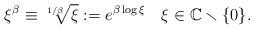
LaTeX: \begin{align*} \xi^\beta\equiv\sqrt[1/\beta]{\xi}:=e^{\beta\log \xi} \quad \xi\in\mathbb C\smallsetminus\{0\}.\end{align*}